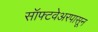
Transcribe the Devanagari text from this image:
सॉफ्टवेअरपासून